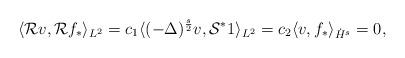
LaTeX: \begin{align*}\langle \mathcal{R}v,\mathcal{R}f_\ast\rangle_{L^2}=c_1\langle (-\Delta)^{\frac{s}{2}}v,\mathcal{S}^\ast 1\rangle_{L^2}=c_2\langle v,f_\ast\rangle_{\dot{H}^s}=0,\end{align*}